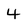
Character: 4